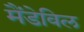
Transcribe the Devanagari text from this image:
मैंडेविल